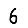
Digit: 6